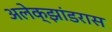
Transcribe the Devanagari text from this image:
अलेक्झांडरास